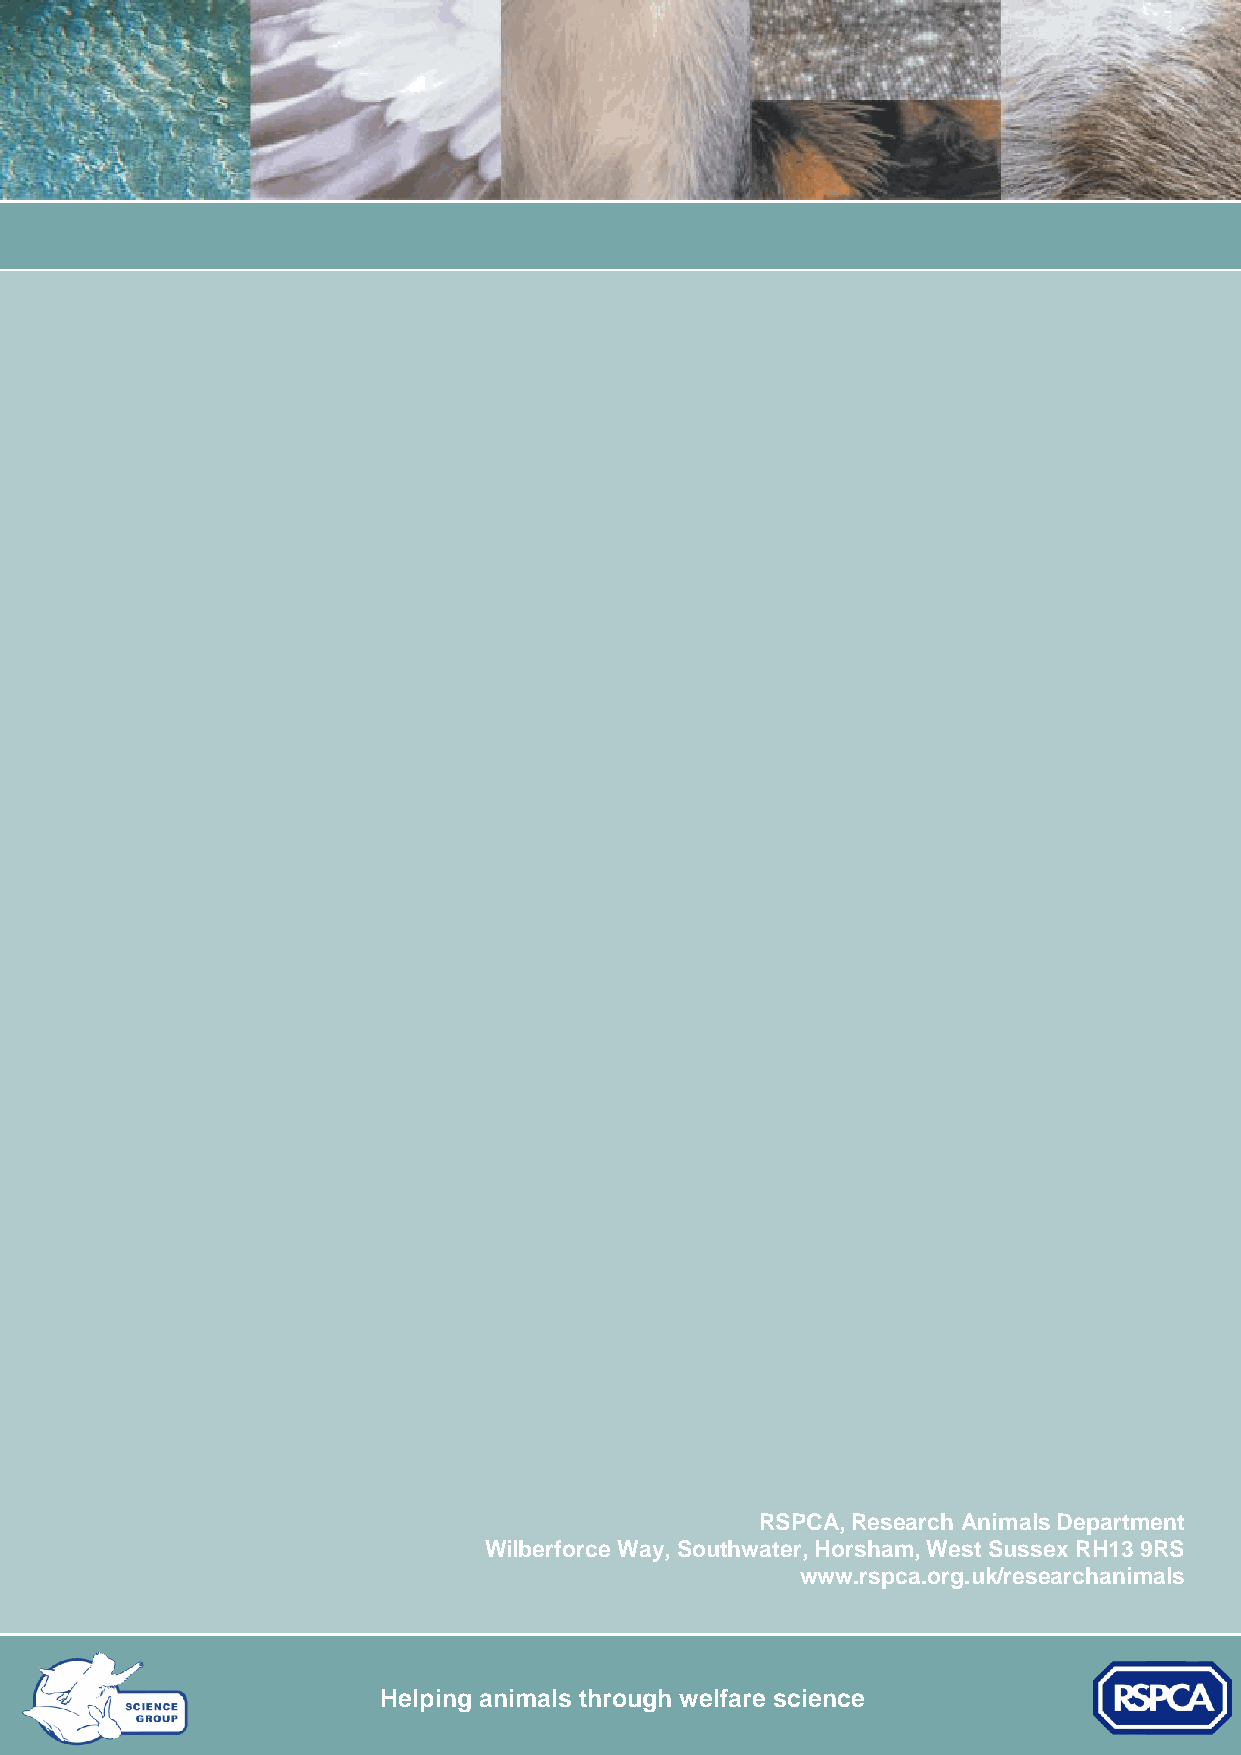
Supplementary resources for members of
 local ethical review processes
 RSPCA, Research Animals Departmen7 t
 Wilberforce Way, Southwater, Horsham, West Sussex RH13 9RSe
 g
 www.rspca.org.uk/researchanimalas
 P
 Rabbits: Good practice for housing and care
 Helping animals through welfare science